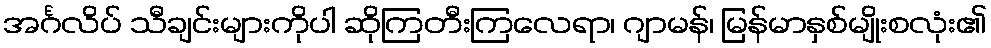
အင်္ဂလိပ် သီချင်းများကိုပါ ဆိုကြတီးကြလေရာ၊ ဂျာမန်၊ မြန်မာနှစ်မျိုးစလုံး၏